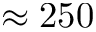
\approx 2 5 0